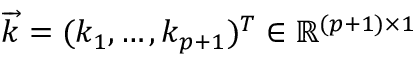
{ \overrightarrow { k } } = ( k _ { 1 } , \dots , k _ { p + 1 } ) ^ { T } \in \mathbb { R } ^ { ( p + 1 ) \times 1 }